Vaccination in Bombay 1874-1876 - 1874-1876
Year: 1874
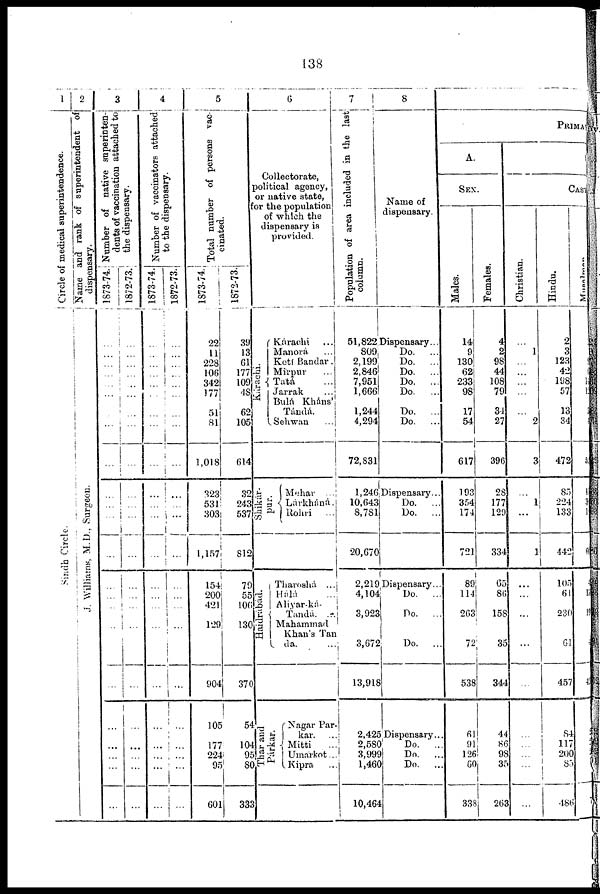
138
1
Circle of medical superintendence.
Sindh Circle.
2
Name and rank of superintendent of
dispensary.
J. Williams, M. D., Surgeon.
3
Number of native superinten-
dents of vaccination attached to
the dispensary.
1873-74.
...
... ...
...
...
...
...
...
...
...
...
...
...
...
... ...
...
...
...
... ...
...
...
1872-73.
...
... ...
...
...
...
...
...
...
...
...
...
...
...
...
...
...
...
...
...
...
...
...
4
Number of vaccinators attached
to the dispensary.
1873-74.
...
... ...
...
...
...
...
...
...
...
...
...
...
...
...
...
...
...
...
... ... ...
...
1872-73.
...
...
...
...
...
...
...
...
...
...
...
...
...
...
...
...
...
...
...
...
...
...
...
5
Total number of persons vac-
cinated.
1873-74.
22
11
228
106
342
177
51
81
1,018
323
531
303
1,157
154
200
421
129
904
105
177
224
95
601
1872-73.
39
13
61
177
109
48
62
105
614
32
243
537
812
79
55
106
130
370
54
104
95
80
333
6
Collectorate,
political agency,
or native state,
or the population
of which the
dispensary is
provided.
Kárachi.
Shikár¬
pur.
Haidrábád.
Thar and
Párkar.
Kárachi ...
Manorá ...
Ketí Bandar.
Mírpur ...
Tatá ...
Jarrak ...
Bulá Kháns'
Tándá.
Sehwan ...
Mehar ...
Lárkháná.
Rohri
...
Tharoshá ..
Hálá ...
Aliyar-ká¬
Tandá. ...
Mahammad
Khan's Tan
da. ...
Nagar Par¬
kar. ...
Mitti ...
Umarkot...
Kipra ...
7
Population of area included in the last
column.
51,822
809
2,199
2,846
7,951
1,666
1,244
4,294
72,831
1,246
10,643
8,781
20,670
2,219
4,104
3,923
3,672
13,918
2,425
2,580
3,999
1,460
10,464
8
Name of
dispensary.
Dispensary...
Do.
...
Do.
...
Do.
...
Do.
...
Do.
...
Do.
...
Do.
...
Dispensary...
Do.
...
Do.
...
Dispensary...
Do. ...
Do. ...
Do.
...
Dispensary...
Do.
...
Do.
...
Do.
...
PRIMA
A.
SEX.
Males.
14
9
130
62
233
98
17
54
617
193
354
174
721
89
114
263
72
538
61
91
126
60
338
Females.
4
2
98
44
108
79
34
27
396
28
177
129
334
65
86
158
35
344
44
86
98
35
263
CASTE.
Christian.
...
1
...
...
...
...
...
2
3
...
1
...
1
...
...
...
...
...
...
... ...
...
...
Hindu.
2
3
123
42
198
57
13
34
472
85
224
133
442
105
61
230
61
457
84
117
200
85
486
Musalman.
1
... 9
0
14
12
3
4
59
15
3
1
66
4
13
19
4
45
2
2
2
1
7